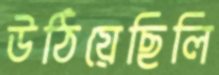
উঠিয়েছিলি